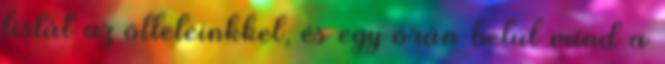
listát az ötleteinkkel, és egy órán belül mind a